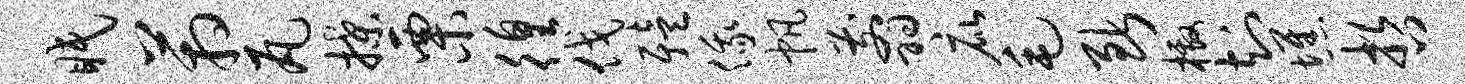
眠箱瓦揲栗徨伐殪俄帆翦庇毛断檄知憔哲